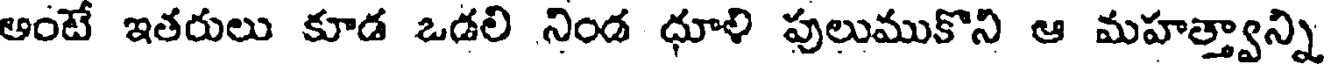
అంటే ఇతరులు కూడ ఒడలి నిండ ధూళి పులుముకొని ఆ మహత్త్వాన్ని